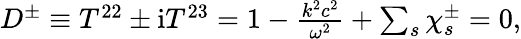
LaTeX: \begin{array}{r}{D^{\pm}\equiv T^{22}\pm\mathrm{i}T^{23}=1-\frac{k^{2}c^{2}}{\omega^{2}}+\sum_{s}\chi_{s}^{\pm}=0,}\end{array}